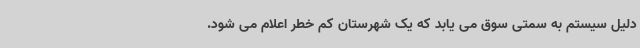
دلیل سیستم به سمتی سوق می یابد که یک شهرستان کم خطر اعلام می شود.